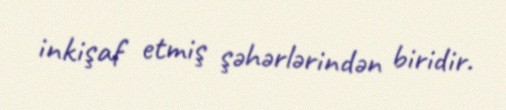
inkişaf etmiş şəhərlərindən biridir.